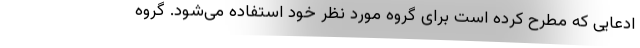
ادعایی که مطرح کرده است برای گروه مورد نظر خود استفاده می‌شود. گروه